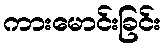
ကားမောင်းခြင်း